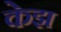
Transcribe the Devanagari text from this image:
केझ